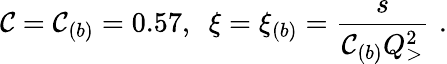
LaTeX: \mathcal{C}=\mathcal{C}_{(b)}=0.57,\, \, \, \xi=\xi_{(b)}={\frac{{s}}{{\mathcal{C}_{(b)}Q_{>}^{2}}}}\, \, .